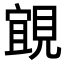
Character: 𮗗